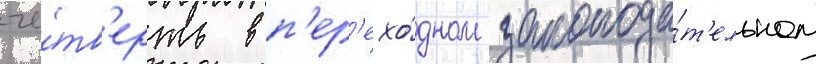
че́тв'ерть в п'ер'ехо́дном законода́т'ельном